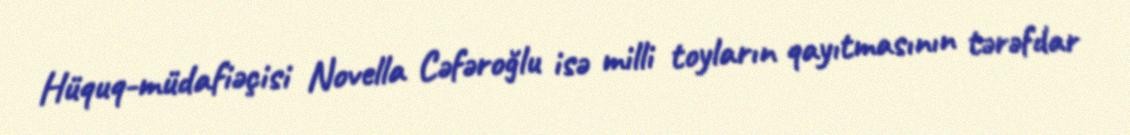
Hüquq-müdafiəçisi Novella Cəfəroğlu isə milli toyların qayıtmasının tərəfdar